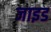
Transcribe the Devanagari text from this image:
जाइड